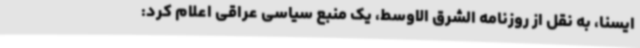
ایسنا، به نقل از روزنامه الشرق الاوسط، یک منبع سیاسی عراقی اعلام کرد: